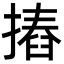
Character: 摏